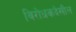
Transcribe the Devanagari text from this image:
विरोधकदेखील